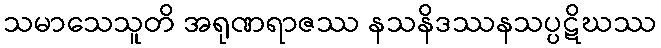
သမာသေသူတိ အရုဏရာဇဿ နသနိဒဿနသပ္ပဋိဃဿ